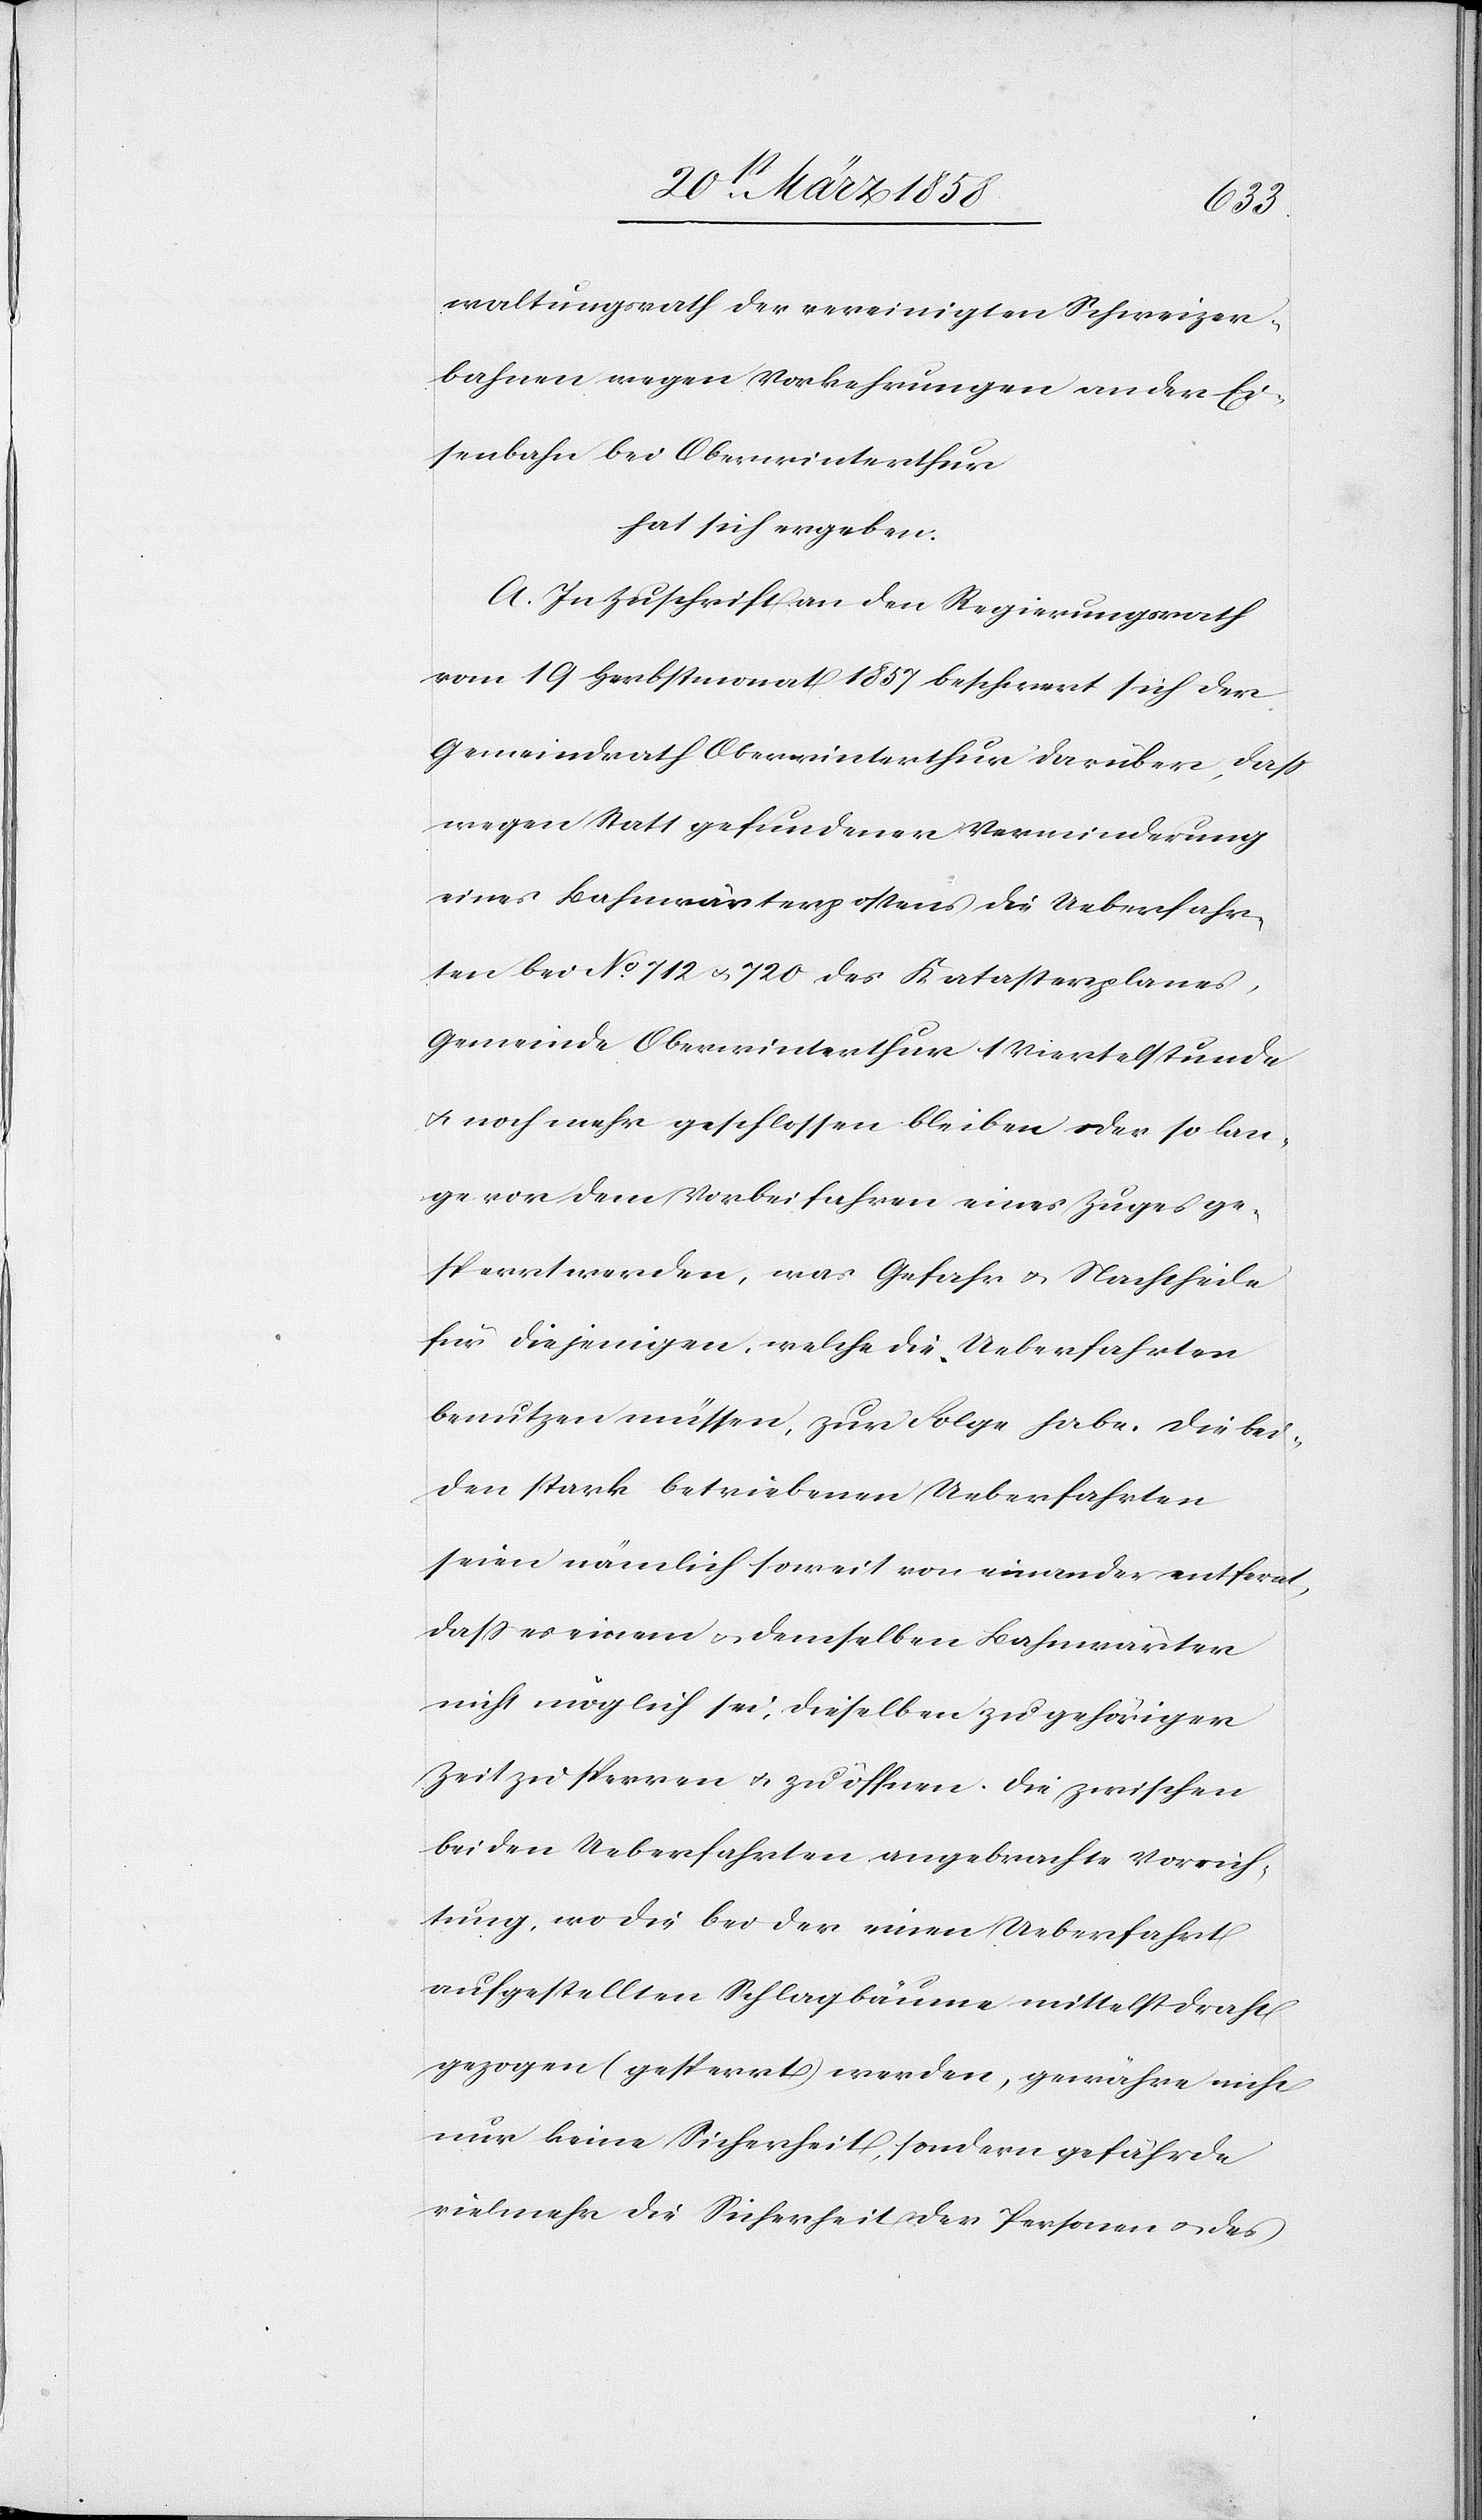
waltungsrath der vereinigten Schweizer¬
bahnen wegen Vorkehrungen an der Ei¬
senbahn bei Oberwinterthur
hat sich ergeben.
A. In Zuschrift an den Regierungsrath
vom 19. Herbstmonat 1857 beschwert sich der
Gemeindrath Oberwinterthur darüber, daß
wegen Statt gefundener Verminderung
eines Bahnwärterpostens die Ueberfahr¬
ten bei No 712 u. 720 des Katasterplanes,
Gemeinde Oberwinterthur 1 Viertelstunde
u. noch mehr geschlossen bleiben oder so lan¬
ge vor dem Vorbeifahren eines Zuges ge¬
sperrt werden, was Gefahr u. Nachtheile
für diejenigen, welche die Ueberfahrten
benutzen müssen, zur Folge habe. Die bei¬
den stark betriebenen Ueberfahrten
seien nämlich soweit von einander entfernt,
daß es einem u. demselben Bahnwärter
nicht möglich sei, dieselben zu gehöriger
Zeit zu sperren u. zu öffnen. Die zwischen
beiden Ueberfahrten angebrachte Vorrich¬
tung, wo die bei der einen Ueberfahrt
aufgestellten Schlagbäume mittelst Drath
gezogen (gesperrt) werden, gewähre nicht
nur keine Sicherheit, sondern gefährde
vielmehr die Sicherheit der Personen u. des